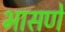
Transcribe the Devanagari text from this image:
भासणे